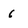
Character: 6